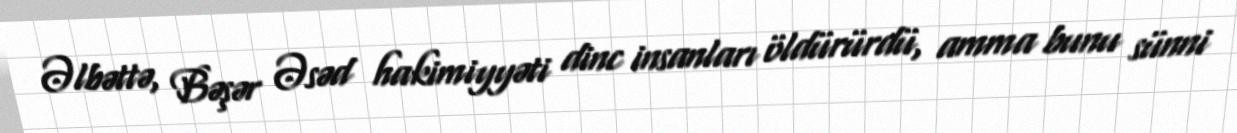
Əlbəttə, Bəşər Əsəd hakimiyyəti dinc insanları öldürürdü, amma bunu sünni